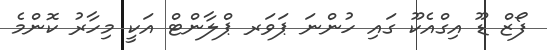
ފޯޒް ޑޫ އިގްއެކޫ ގައި ހުންނަ ޕަވަރ ޕްލާންޓް އަކީ މިހާރު ކޮންމެ